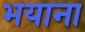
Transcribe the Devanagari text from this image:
भयाना